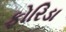
ફોરિડા